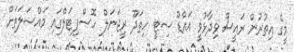
މީގެ އިތުރުން ރައީސް ވިދާޅުވީ އައްޑޫ ސިޓީ ހިތަދޫ ރީޖަނަލް ހޮސްޕިޓަލްގައި މައްސަލަތަށް